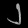
Digit: ၂